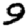
Digit: 9